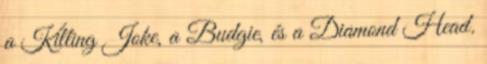
a Killing Joke, a Budgie, és a Diamond Head.